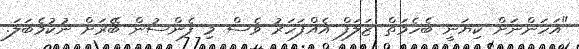
"އަހަންނަށް ކިޔަނީ ބެހެމަތް ޒަލަފް އެއްފަހަރު ވެސް މި ފެންސުން ބޭރަށް ނުކުމެބަލަ.